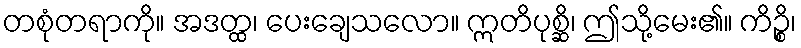
တစုံတရာကို။ အဒတ္ထ၊ ပေးချေသလော။ ဣတိပုစ္ဆိ၊ ဤသို့မေး၏။ ကိဉ္စိ၊